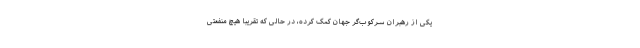
یکی از رهبران سرکوب‌گر جهان کمک کرده، در حالی که تقریباً هیچ منفعتی